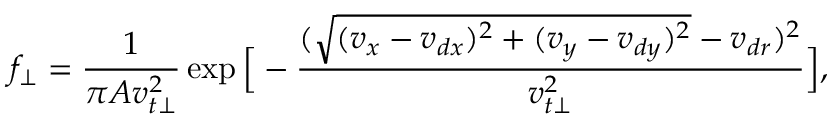
f _ { \perp } = \frac { 1 } { \pi A v _ { t \perp } ^ { 2 } } \exp \Big [ - \frac { ( \sqrt { ( v _ { x } - v _ { d x } ) ^ { 2 } + ( v _ { y } - v _ { d y } ) ^ { 2 } } - v _ { d r } ) ^ { 2 } } { v _ { t \perp } ^ { 2 } } \Big ] ,